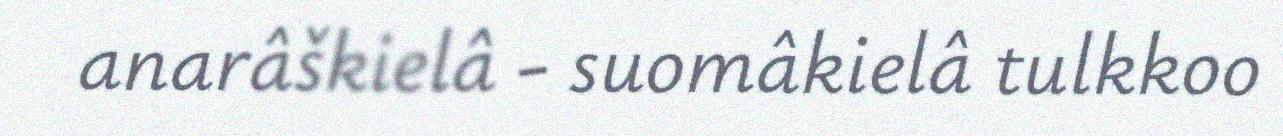
anarâškielâ - suomâkielâ tulkkoo